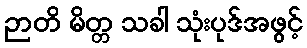
ဉာတိ မိတ္တ သခါ သုံးပုဒ်အဖွင့်